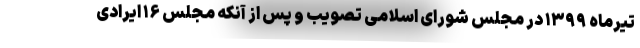
تیرماه ۱۳۹۹ در مجلس شورای اسلامی تصویب و پس از آنکه مجلس ۱۶ ایرادی